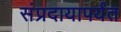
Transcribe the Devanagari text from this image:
संप्रदायापर्यंत